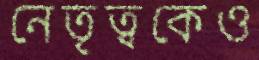
নেতৃত্বকেও